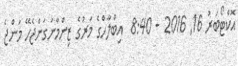
އޮކްޓޯބަރު 16